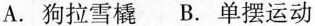
A.狗拉雪橇 B.单摆运动